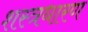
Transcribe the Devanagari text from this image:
शस्त्रधारण